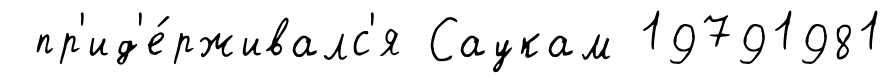
пр'ид'е́рживалс'я Саукам 19791981